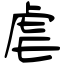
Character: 虐